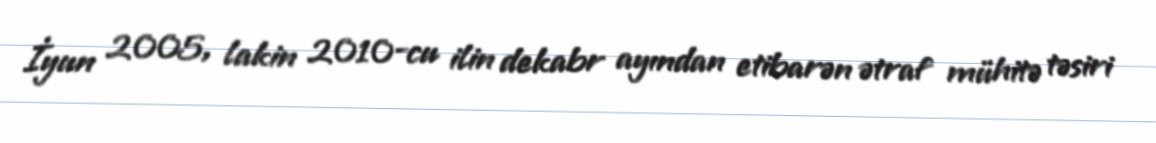
İyun 2005, lakin 2010-cu ilin dekabr ayından etibarən ətraf mühitə təsiri